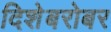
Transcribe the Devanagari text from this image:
दिशेबरोबर